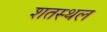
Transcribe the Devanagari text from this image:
शतस्थल